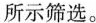
所示筛选。